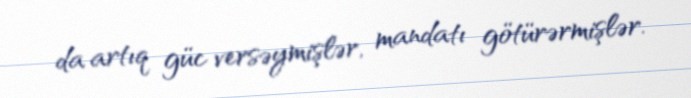
da artıq güc versəymişlər, mandatı götürərmişlər.